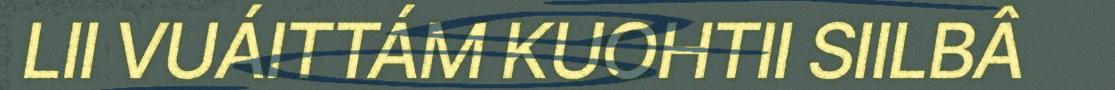
LII VUÁITTÁM KUOHTII SIILBÂ